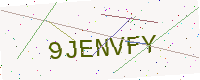
Text: 9JENVFY